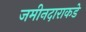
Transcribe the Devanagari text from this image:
जमीनदाराकडे